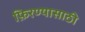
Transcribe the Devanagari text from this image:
फ़िरण्यासाठी